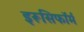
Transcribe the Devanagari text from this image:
इरूसिफॉर्म